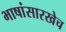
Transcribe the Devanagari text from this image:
भाषांसारखेच